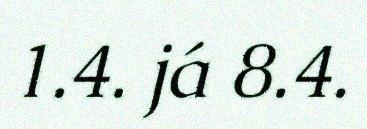
1.4. já 8.4.